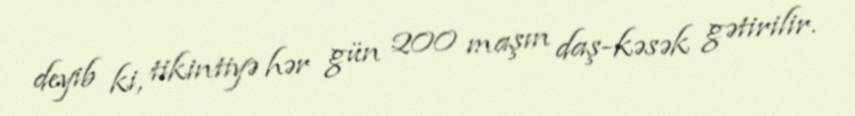
deyib ki, tikintiyə hər gün 200 maşın daş-kəsək gətirilir.